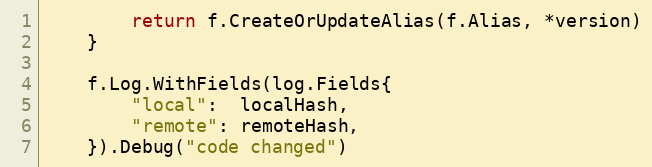
Language: Go
		return f.CreateOrUpdateAlias(f.Alias, *version)
	}

	f.Log.WithFields(log.Fields{
		"local":  localHash,
		"remote": remoteHash,
	}).Debug("code changed")